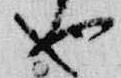
也